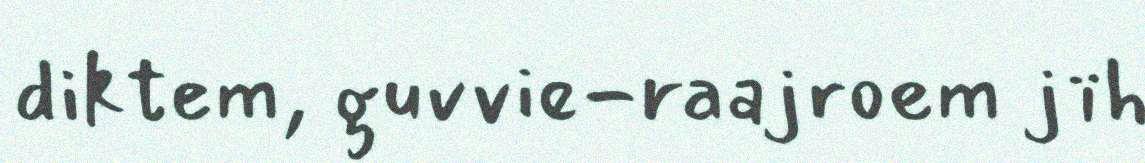
diktem, guvvie-raajroem jïh